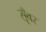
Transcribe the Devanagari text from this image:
सूँवर